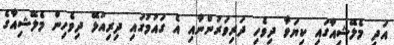
އަދި މެލޭޝިއާގައި ކިޔަވާ ދިވެހި ދަރިވަރުންނާއި އެ ގައުމުގައި ދިރިއުޅޭ ދިވެހިން މެލޭޝިއާގެ